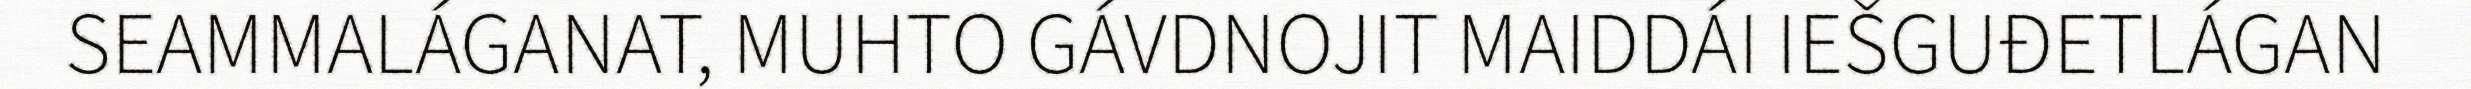
SEAMMALÁGANAT, MUHTO GÁVDNOJIT MAIDDÁI IEŠGUĐETLÁGAN